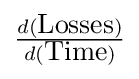
{\tfrac {d({\hbox{Losses}})}{d({\hbox{Time}})}}